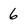
Character: 6